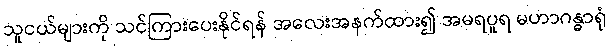
သူငယ်များကို သင်ကြားပေးနိုင်ရန် အလေးအနက်ထား၍ အမရပူရ မဟာဂန္ဓာရုံ